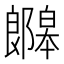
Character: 𫑯